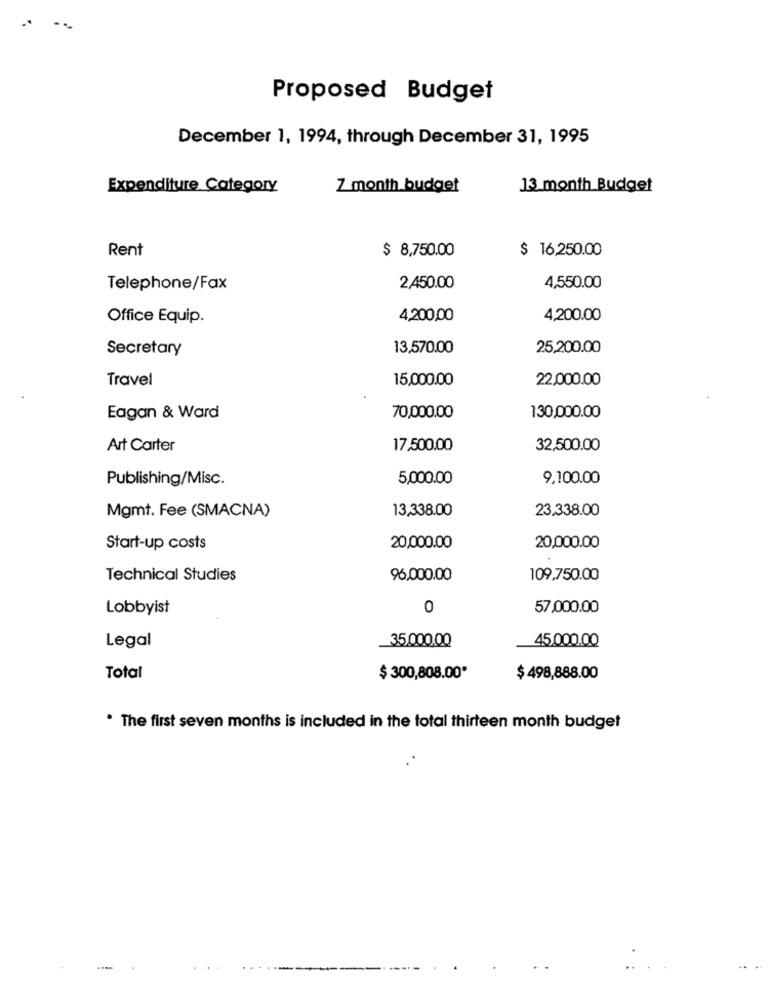
Proposed Budget
December 1, 1994, through December 31, 1995
Expenditure Category
7 month budget
13 month Budget
Rent
$ 8,750.00
$ 16,250.00
Telephone/Fax
2,450.00
4,550.00
Office Equip.
4,200,00
4,200.00
Secretary
13,570.00
25,200.00
Travel
15,000.00
22,000.00
Eagan & Ward
70,000.00
130,000.00
Art Carter
17,500.00
32,500.00
Publishing/Misc.
5,000.00
9,100.00
Mgmt. Fee (SMACNA)
13,338.00
23.338.00
Start-up costs
20,000.00
20,000.00
Technical Studies
96,000.00
109,750.00
Lobbyist
0
57,000.00
35.000.00
45,000.00
Legal
Total
$ 300,808.00*
$ 498,888.00
. The first seven months is included in the total thirteen month budget
--
....